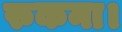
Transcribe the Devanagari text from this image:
रुकना।